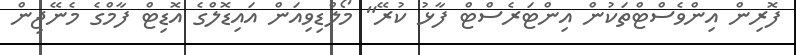
ފޮރިން އިންވެސްޓްތަކުން އިންޓަރެސްޓް ފާޅު ކުރޭ" މޯލްޑިވިއަން އައިޑޮލްގެ އޮޑިޓް ފާމްގެ މެނޭޖިން